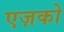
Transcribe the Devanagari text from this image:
एज़को